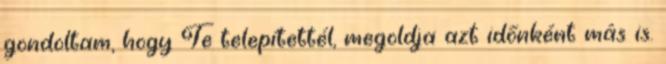
gondoltam, hogy Te telepítettél, megoldja azt időnként más is.